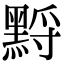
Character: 𪑋